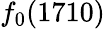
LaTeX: f_{0}(1710)